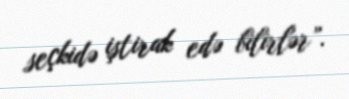
seçkidə iştirak edə bilirlər”.